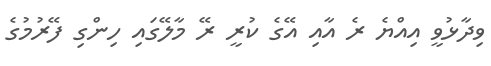
ވިދާޅުވީ އިއްޔެ ރެ އާއި އޭގެ ކުރީ ރޭ މާލޭގައި ހިންގި ފޭރުމުގެ